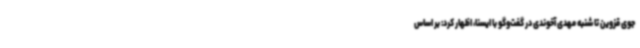
جوی قزوین تا شنبه مهدی آخوندی در گفت‌وگو با ایسنا، اظهار کرد: بر اساس